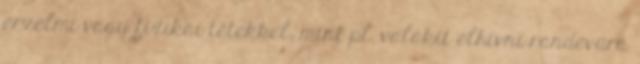
érzelmi vagy fizikai tétekkel, mint pl. valakit elhívni randevúra